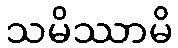
သမိဿာမိ